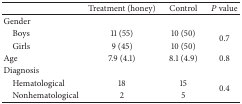
<table><thead><tr><td><b> </b></td><td><b>Treatment (honey)</b></td><td><b>Control</b></td><td><b><i>P</i> value</b></td></tr></thead><tbody><tr><td>Gender</td><td> </td><td> </td><td> </td></tr><tr><td> Boys</td><td>11 (55)</td><td>10 (50)</td><td rowspan="2">0.7</td></tr><tr><td> Girls</td><td>9 (45)</td><td>10 (50)</td></tr><tr><td>Age</td><td>7.9 (4.1)</td><td>8.1 (4.9)</td><td>0.8</td></tr><tr><td>Diagnosis</td><td> </td><td> </td><td> </td></tr><tr><td> Hematological</td><td>18</td><td>15</td><td rowspan="2">0.4</td></tr><tr><td> Nonhematological</td><td>2</td><td>5</td></tr></tbody></table>